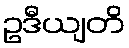
ဥဒီယျတိ